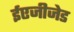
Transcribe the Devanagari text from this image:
ईएजीजेड